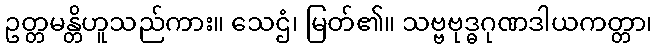
ဥတ္တမန္တိဟူသည်ကား။ သေဌံ၊ မြတ်၏။ သဗ္ဗဗုဒ္ဓဂုဏဒါယကတ္တာ၊